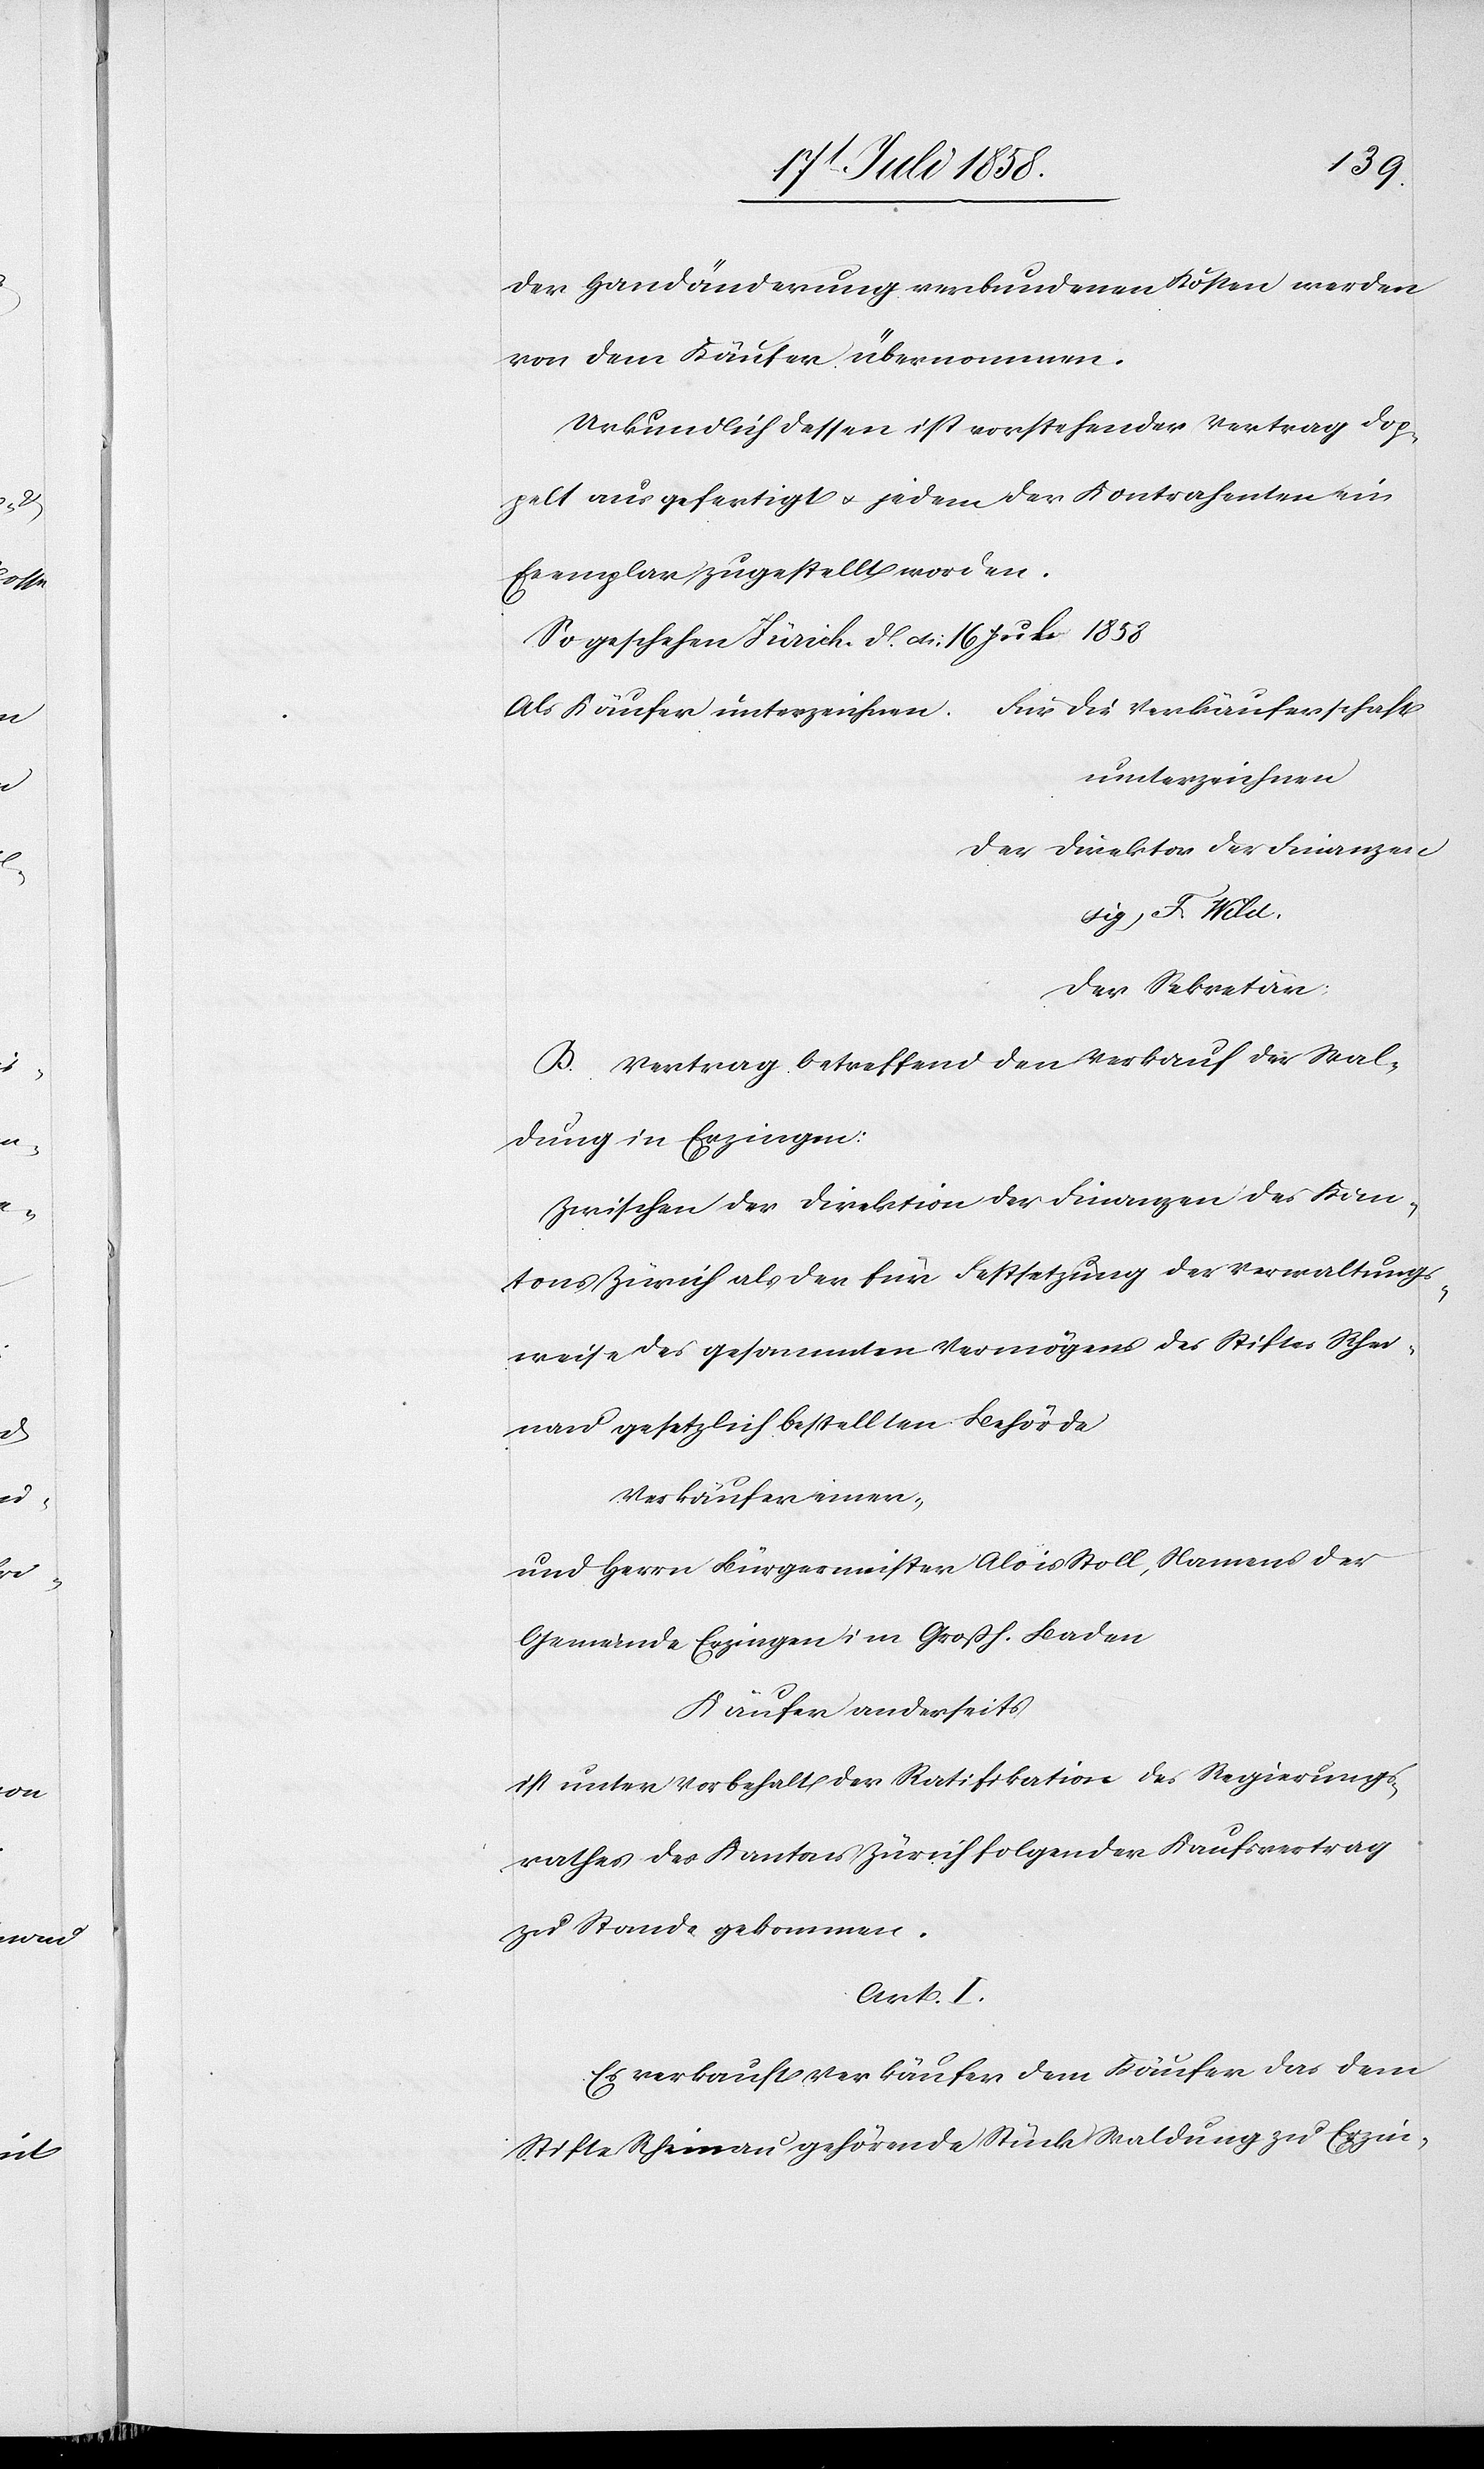
der Handänderung verbundenen Kosten werden
von dem Käufer übernommen.
Urkundlich dessen ist vorstehender Vertrag dop¬
pelt ausgefertigt & jedem der Kontrahenten ein
Exemplar zugestellt worden.
So geschehen Zürich d. [?d.] 16 Juli 1858
Für die Verkäuferschaft
Als Käufer unterzeichnen.
unterzeichnen
Der Direktor der Finanzen
(sig.) F. Wild.
Der Sekretär;
B. Vertrag betreffend den Verkauf der Wal¬
dung in Erzingen:
Zwischen der Direktion der Finanzen des Kan¬
tons Zürich als der für Festsetzung der Verwaltungs¬
weise des gesammten Vermögens des Stiftes Rhei¬
nau gesetzlich bestellten Behörde
Verkäufer einer-
und Herrn Bürgermeister Alois Stoll, Namens der
Gemeinde Erzingen im Großh. Baden
Käufer anderseits
ist unter Vorbehalt der Ratifikation des Regierungs¬
rathes des Kantons Zürich folgender Kaufsvertrag
zu Stande gekommen.
Art. I.
Es verkauft Verkäufer dem Käufer das dem
Stifte Rheinau gehörende Stück Waldung zu Erzin-